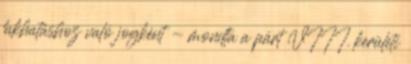
lakhatáshoz való jogként - mondta a párt VIII. kerületi